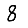
Digit: 8